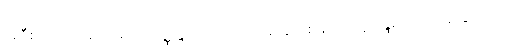
အဲဒီစကားထဲမှာ -၁။ ပရိပုဏ္ဏိန္ဒြိယတာ - မျက်စိ နား စသော ဣန္ဒြေများ ပြည့်စုံခြင်းလည်း